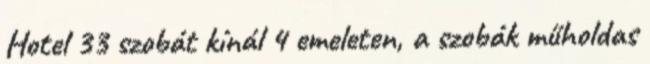
Hotel 33 szobát kínál 4 emeleten, a szobák műholdas